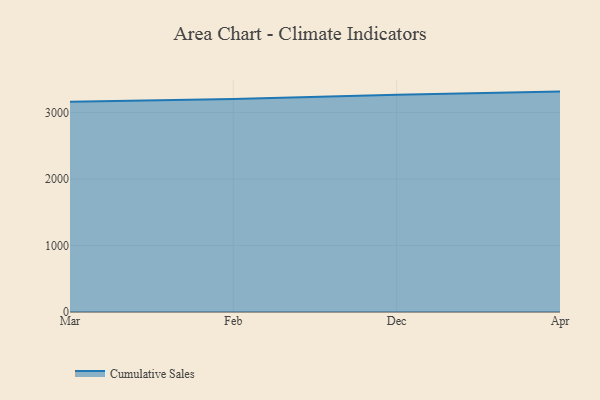
{"axis": {"x": "Month", "y": "Temperature (°C)"}, "legend": ["Cumulative Sales"], "data": [{"x": "Mar", "y": 3162.5, "type": "Cumulative Sales"}, {"x": "Feb", "y": 3201.6, "type": "Cumulative Sales"}, {"x": "Dec", "y": 3267.1, "type": "Cumulative Sales"}, {"x": "Apr", "y": 3314.7, "type": "Cumulative Sales"}]}